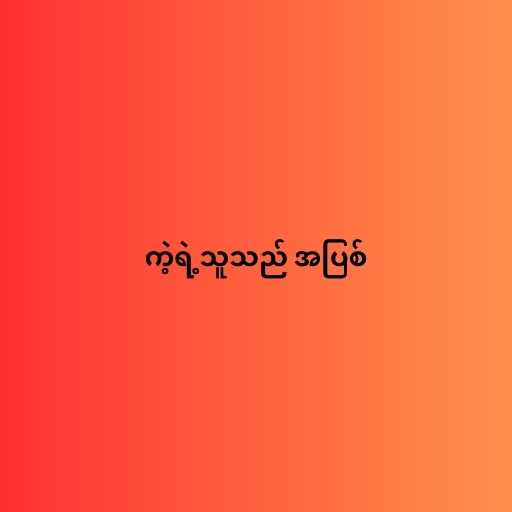
ကဲ့ရဲ့သူသည် အပြစ်